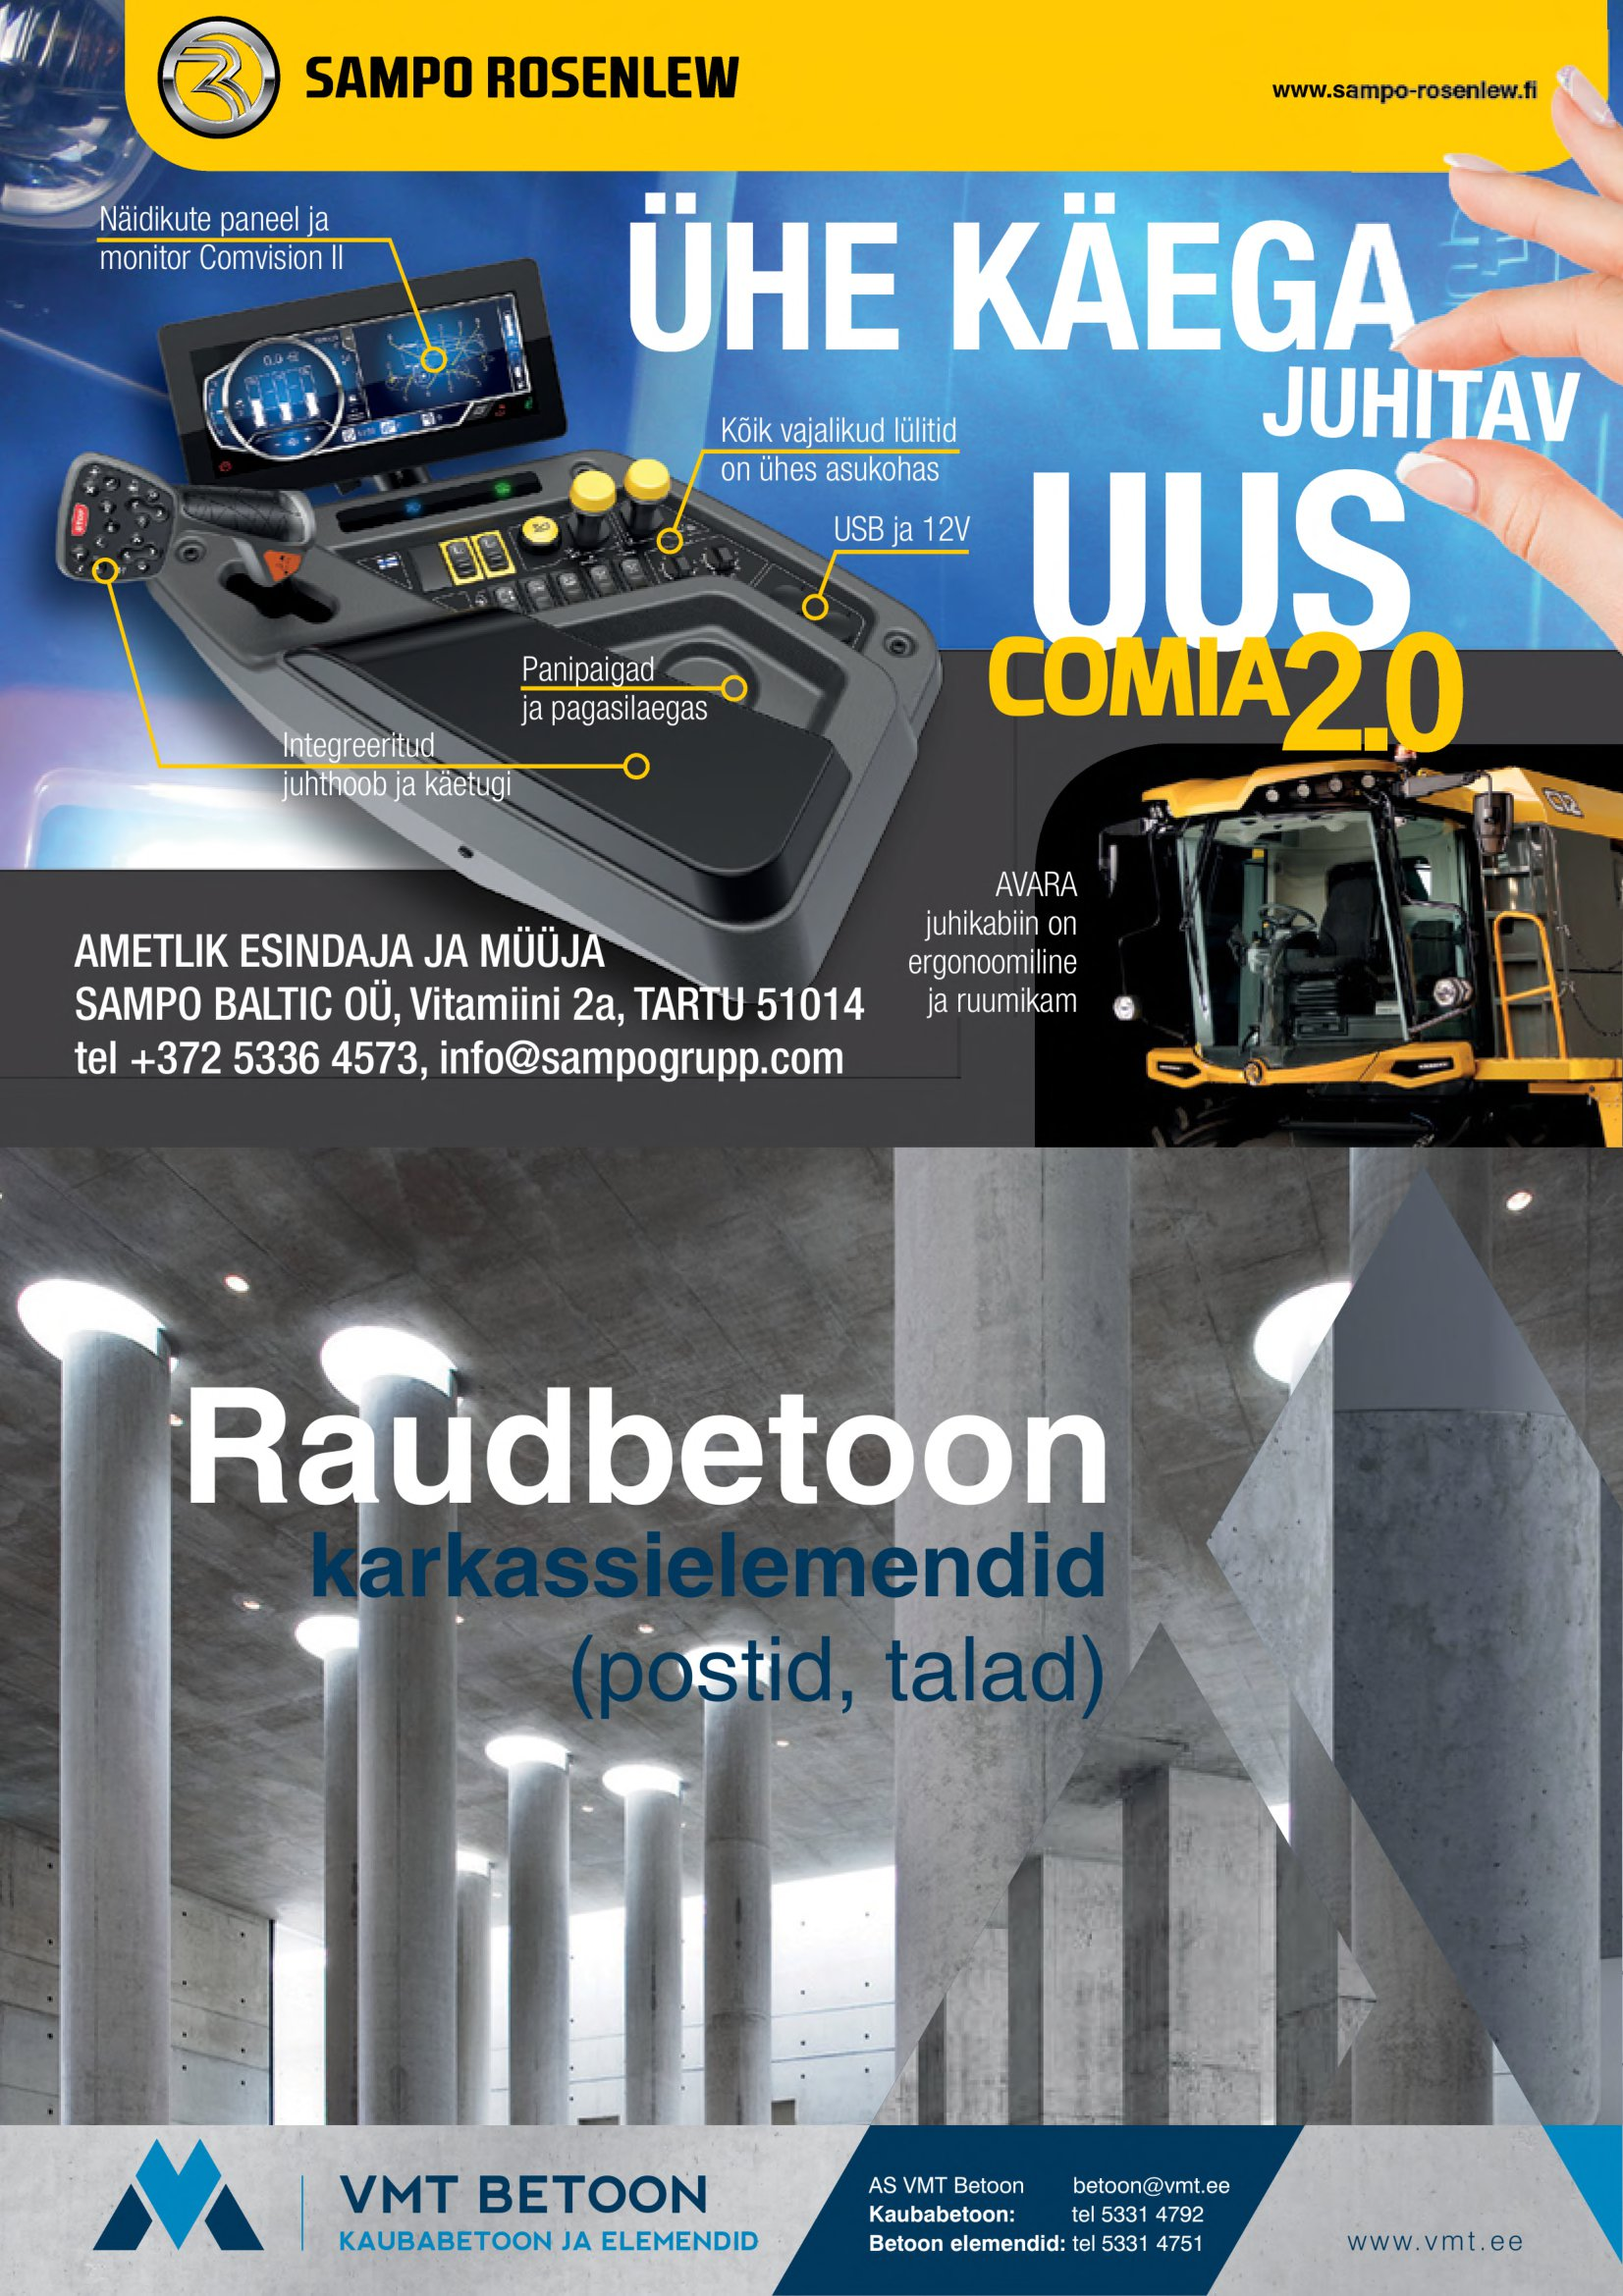
Language: et